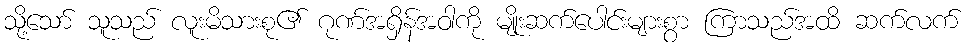
သို့သော် သူသည် လူးမိသားစု၏ ဂုဏ်အရှိန်အဝါကို မျိုးဆက်ပေါင်းများစွာ ကြာသည်အထိ ဆက်လက်